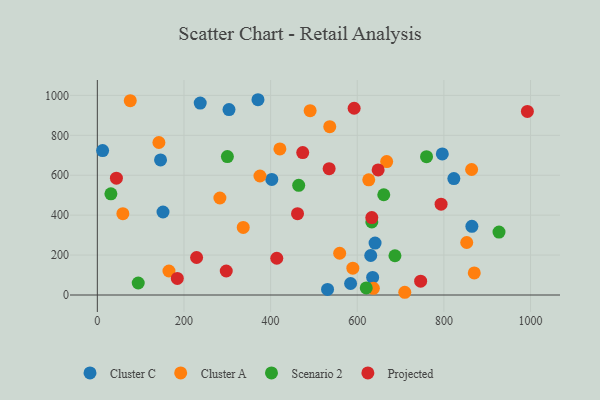
{"axis": {"x": "Price", "y": "Exam Score"}, "legend": ["Cluster A", "Cluster C", "Projected", "Scenario 2"], "data": [{"x": "145.9", "y": 676.8, "type": "Cluster C"}, {"x": "151.6", "y": 415.9, "type": "Cluster C"}, {"x": "584.6", "y": 57.6, "type": "Cluster C"}, {"x": "402.7", "y": 578.8, "type": "Cluster C"}, {"x": "303.9", "y": 928.9, "type": "Cluster C"}, {"x": "370.8", "y": 978.3, "type": "Cluster C"}, {"x": "641.1", "y": 260.3, "type": "Cluster C"}, {"x": "823.0", "y": 583.5, "type": "Cluster C"}, {"x": "531.4", "y": 27.9, "type": "Cluster C"}, {"x": "237.5", "y": 961.4, "type": "Cluster C"}, {"x": "635.5", "y": 88.3, "type": "Cluster C"}, {"x": "796.3", "y": 706.7, "type": "Cluster C"}, {"x": "631.1", "y": 197.9, "type": "Cluster C"}, {"x": "12.2", "y": 723.6, "type": "Cluster C"}, {"x": "864.6", "y": 344.0, "type": "Cluster C"}, {"x": "142.1", "y": 763.9, "type": "Cluster A"}, {"x": "421.4", "y": 732.0, "type": "Cluster A"}, {"x": "667.9", "y": 668.3, "type": "Cluster A"}, {"x": "76.0", "y": 973.4, "type": "Cluster A"}, {"x": "282.9", "y": 485.9, "type": "Cluster A"}, {"x": "559.4", "y": 209.3, "type": "Cluster A"}, {"x": "626.5", "y": 577.1, "type": "Cluster A"}, {"x": "491.2", "y": 923.5, "type": "Cluster A"}, {"x": "852.7", "y": 263.1, "type": "Cluster A"}, {"x": "375.4", "y": 596.1, "type": "Cluster A"}, {"x": "589.8", "y": 134.4, "type": "Cluster A"}, {"x": "864.0", "y": 628.7, "type": "Cluster A"}, {"x": "536.5", "y": 843.4, "type": "Cluster A"}, {"x": "637.2", "y": 33.6, "type": "Cluster A"}, {"x": "165.3", "y": 120.3, "type": "Cluster A"}, {"x": "870.1", "y": 110.4, "type": "Cluster A"}, {"x": "336.8", "y": 338.4, "type": "Cluster A"}, {"x": "709.7", "y": 13.7, "type": "Cluster A"}, {"x": "58.9", "y": 407.5, "type": "Cluster A"}, {"x": "300.2", "y": 693.6, "type": "Scenario 2"}, {"x": "94.4", "y": 60.1, "type": "Scenario 2"}, {"x": "759.9", "y": 693.2, "type": "Scenario 2"}, {"x": "927.2", "y": 315.1, "type": "Scenario 2"}, {"x": "464.8", "y": 549.6, "type": "Scenario 2"}, {"x": "661.2", "y": 502.3, "type": "Scenario 2"}, {"x": "31.3", "y": 507.1, "type": "Scenario 2"}, {"x": "633.6", "y": 366.1, "type": "Scenario 2"}, {"x": "620.7", "y": 35.6, "type": "Scenario 2"}, {"x": "687.0", "y": 196.7, "type": "Scenario 2"}, {"x": "793.5", "y": 455.1, "type": "Projected"}, {"x": "414.2", "y": 184.2, "type": "Projected"}, {"x": "297.6", "y": 120.2, "type": "Projected"}, {"x": "746.3", "y": 69.2, "type": "Projected"}, {"x": "462.1", "y": 407.4, "type": "Projected"}, {"x": "184.6", "y": 82.9, "type": "Projected"}, {"x": "648.2", "y": 626.4, "type": "Projected"}, {"x": "992.7", "y": 919.9, "type": "Projected"}, {"x": "474.1", "y": 713.3, "type": "Projected"}, {"x": "633.6", "y": 388.0, "type": "Projected"}, {"x": "535.1", "y": 633.0, "type": "Projected"}, {"x": "229.1", "y": 187.9, "type": "Projected"}, {"x": "592.8", "y": 935.7, "type": "Projected"}, {"x": "44.0", "y": 585.3, "type": "Projected"}]}